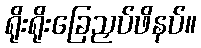
ရိုးရိုးခြေညှပ်ဖိနပ်။